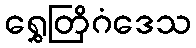
ရွှေတြိဂံဒေသ